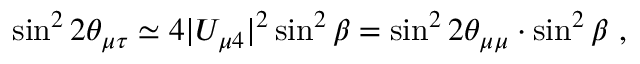
\sin ^ { 2 } 2 \theta _ { \mu \tau } \simeq 4 | U _ { \mu 4 } | ^ { 2 } \sin ^ { 2 } \beta = \sin ^ { 2 } 2 \theta _ { \mu \mu } \cdot \sin ^ { 2 } \beta ~ ,